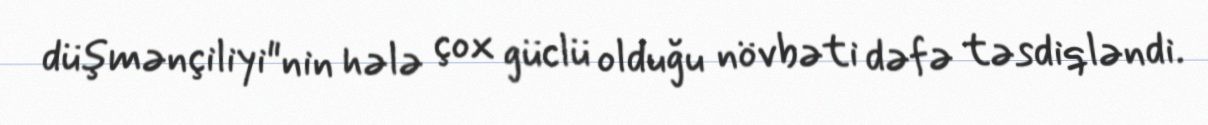
düşmənçiliyi"nin hələ çox güclü olduğu növbəti dəfə təsdiqləndi.